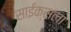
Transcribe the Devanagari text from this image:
साईक्सला